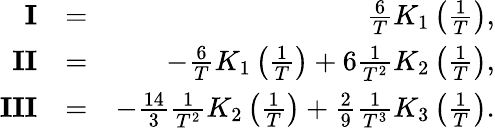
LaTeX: \begin{array}{rlr}{\mathbf{I}}&{=}&{\frac{6}{T}K_{1}\left(\frac{1}{T}\right),}\\ {\mathbf{II}}&{=}&{-\frac{6}{T}K_{1}\left(\frac{1}{T}\right)+6\frac{1}{T^{2}}K_{2}\left(\frac{1}{T}\right),}\\ {\mathbf{III}}&{=}&{-\frac{14}{3}\frac{1}{T^{2}}K_{2}\left(\frac{1}{T}\right)+\frac{2}{9}\frac{1}{T^{3}}K_{3}\left(\frac{1}{T}\right).}\end{array}